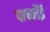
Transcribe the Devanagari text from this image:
पाच्यॉई